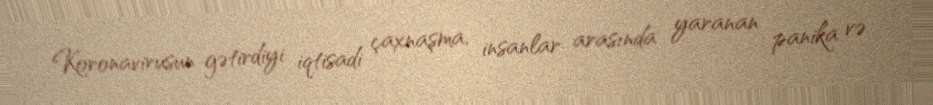
Koronavirusun gətirdiyi iqtisadi çaxnaşma, insanlar arasında yaranan panika və